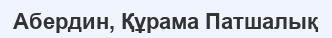
Абердин, Құрама Патшалық